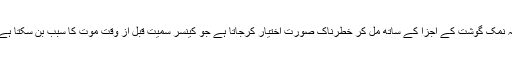
یہ نمک گوشت کے اجزا کے ساتھ مل کر خطرناک صورت اختیار کرجاتا ہے جو کینسر سمیت قبل از وقت موت کا سبب بن سکتا ہے۔